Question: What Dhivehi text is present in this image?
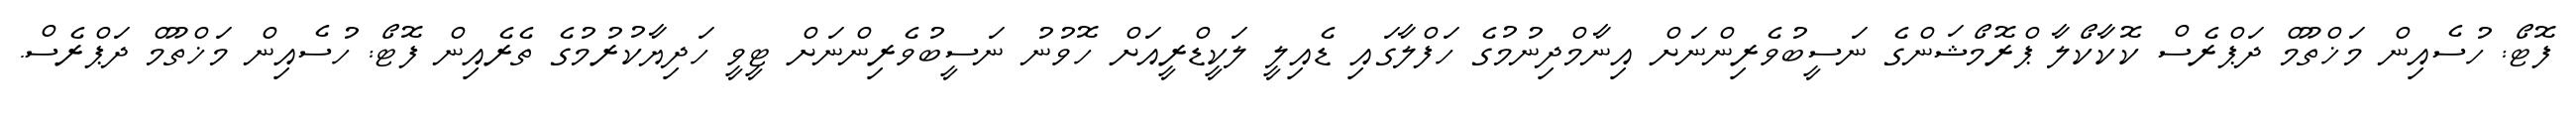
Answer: ފޮޓޯ: ހުސެއިން މަޚްތޫމް ދަޕްރެސް ކޮކާކޯލާ ޕްރޮމޯޝަންގެ ނަސީބުވެރިންނަށް އިނާމްދިނުމުގެ ހަފްލާގައި ޑެއިލީ ލަކީޑްރީއަށް ހޮވުނު ނަސީބުވެރިންނަށް ޓީވީ ހަދިޔާކުރުމުގެ ތެރެއިން ފޮޓޯ: ހުސެއިން މަޚްތޫމް ދަޕްރެސް.